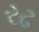
રઢ